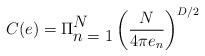
LaTeX: \begin{align*}C(e)=\Pi_{\displaystyle {n=1}}^{\displaystyle{N}}\left(\frac{N}{4\pi e_n}\right)^{D/2}\end{align*}